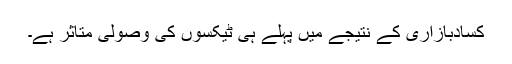
کسادبازاری کے نتیجے میں پہلے ہی ٹیکسوں کی وصولی متاثر ہے۔